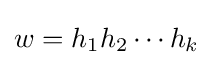
w=h_{1}h_{2}\cdots h_{k}